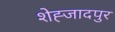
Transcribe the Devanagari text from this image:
शेह्जादपुर